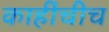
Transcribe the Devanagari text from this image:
काहींचीच